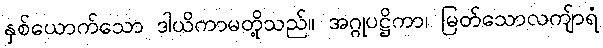
နှစ်ယောက်သော ဒါယိကာမတို့သည်။ အဂ္ဂုပဋ္ဌိကာ၊ မြတ်သောလကျ်ာရံ